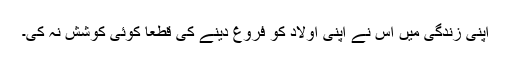
اپنی زندگی میں اس نے اپنی اولاد کو فروغ دینے کی قطعاً کوئی کوشش نہ کی۔